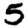
Digit: 5